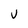
Character: U